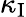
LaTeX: \kappa_{\mathrm{I}}